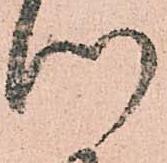
つ